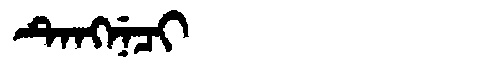
Manchu: ᡨᡝᠩᠨᡝᠴᡳ
Romanization: TENGNECI